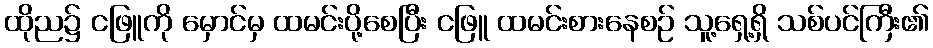
ထိုည၌ ငဖြူကို မှောင်မှ ထမင်းပို့စေပြီး ငဖြူ ထမင်းစားနေစဉ် သူ့ရှေ့ရှိ သစ်ပင်ကြီး၏